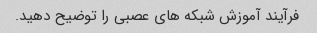
فرآیند آموزش شبکه های عصبی را توضیح دهید.